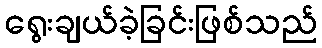
ရွေးချယ်ခဲ့ခြင်းဖြစ်သည်